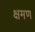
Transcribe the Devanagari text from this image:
क्षमण